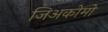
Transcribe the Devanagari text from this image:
जिअकोमो